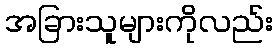
အခြားသူများကိုလည်း